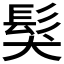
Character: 𩬇